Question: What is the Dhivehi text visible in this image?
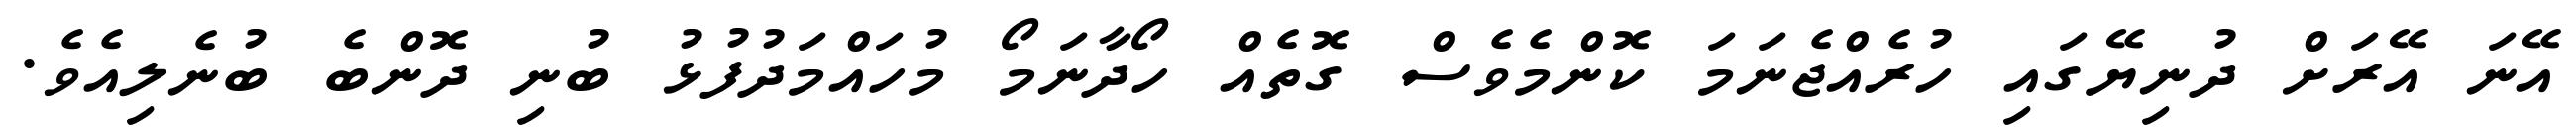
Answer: އޭނަ އޭރަށް ދުނިޔޭގައި ހުރެއްޖެނަމަ ކޮންމެވެސް ގޮތެއް ހޯދާނަމޯ މުހައްމަދުފުޅު ބުނި ދޮންބެ ބުނެލިއެވެ.